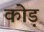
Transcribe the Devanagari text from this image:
कोड़